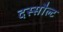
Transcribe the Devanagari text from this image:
दस्सौल्ट